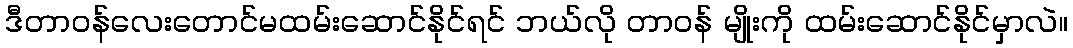
ဒီတာဝန်လေးတောင်မထမ်းဆောင်နိုင်ရင် ဘယ်လို တာဝန် မျိုးကို ထမ်းဆောင်နိုင်မှာလဲ။